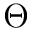
\Theta